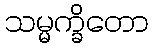
သမ္မက္ခိတော